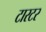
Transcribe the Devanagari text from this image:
टारटर